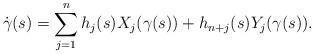
LaTeX: \begin{align*} \dot\gamma(s)=\sum_{j=1}^n h_j(s) X_j(\gamma(s))+h_{n+j}(s) Y_j(\gamma(s)). \end{align*}